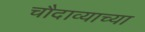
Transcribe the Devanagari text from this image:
चौदाव्याच्या